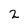
Character: 2